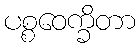
ပစ္စဝေက္ခိတာ